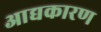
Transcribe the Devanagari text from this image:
आद्यकारण